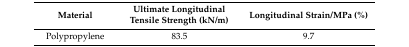
<table><thead><tr><td><b>Material</b></td><td><b>Ultimate Longitudinal Tensile Strength (kN/m)</b></td><td><b>Longitudinal Strain/MPa (%)</b></td></tr></thead><tbody><tr><td>Polypropylene</td><td>83.5</td><td>9.7</td></tr></tbody></table>